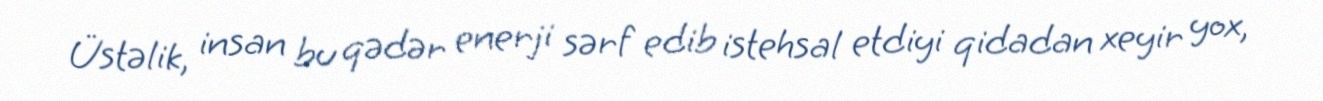
Üstəlik, insan bu qədər enerji sərf edib istehsal etdiyi qidadan xeyir yox,